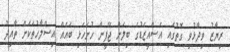
ރިޔާޒު ވިދާޅުވި ގޮތުގައި އެސްއީޒެޑުގެ ބިލަށް ޖޭޕީން ހުށަހެޅި ބައެއް އިސްލާހުތަކަށް ތާއިދު